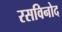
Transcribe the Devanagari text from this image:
रसविनोद